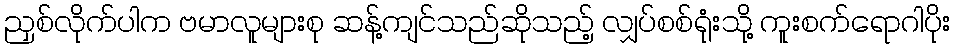
ညှစ်လိုက်ပါက ဗမာလူများစု ဆန့်ကျင်သည်ဆိုသည့် လျှပ်စစ်ရုံးသို့ ကူးစက်ရောဂါပိုး